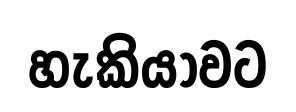
හැකියාවට